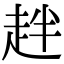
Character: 𧺾